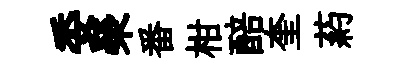
委榮番柑醅奎葯